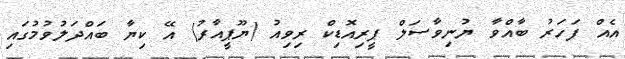
އެއް ފަހަރު ބާއްވާ ޔުނިވާސަލް ޕީރިއޮޑިކް ރިވިއު (ޔޫޕީއާރު) އޭ ކިޔާ ބައްދަލުވުމުގައި